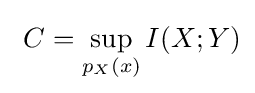
\ C=\sup _{p_{X}(x)}I(X;Y)